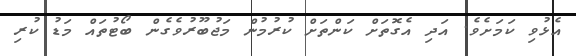
އެޅުވި ކަމަށެވެ. އަދި އެގޮތަށް ކަންތަށް ކުރުމުން މަޖުބޫރުވެގެން ބޯޓުތައް މަޑު ކުރި